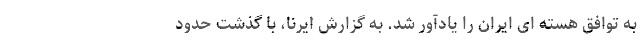
به توافق هسته ای ایران را یادآور شد. به گزارش ایرنا، با گذشت حدود